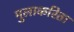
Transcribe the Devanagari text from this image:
मुलाकरिता